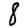
Digit: 8